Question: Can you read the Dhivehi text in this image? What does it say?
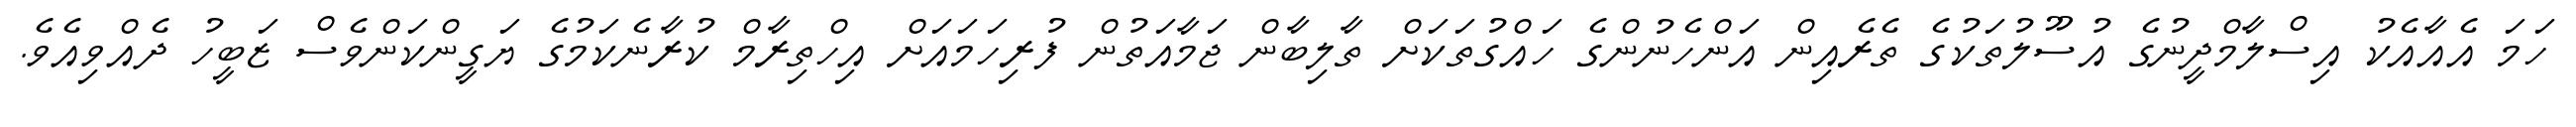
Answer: ހަމަ އެއާއެކު އިސްލާމްދީނުގެ އުސޫލުތަކުގެ ތެރެއިން އަންހެނުންގެ ހައްގުތަކަށް ތާލިބާން ޖަމާއަތުން ފުރިހަމައަށް އިހްތިރާމް ކުރާނެކަމުގެ ޔަގީންކަންވެސް ޒަބީހު ދެއްވިއެވެ.